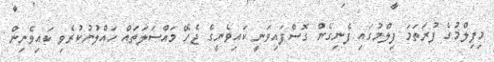
މިފިލްމުގެ ފުރަތަމަ ފިލްމުގައި ފެނިގެން ގޮސްފައިވަނީ ކައިވެނީގެ ޖެހޭ މައްސަލަތައް ހައްލުނުކުރެވި ކައިވެނިން